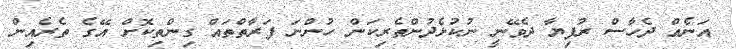
އަނެއް ދެހާސް ރުފިޔާ ދެވޭނީ ނުކުޅެދުންތެރިކަން ހުންނަ ފަރާތްތައް ގިންތިކޮށް އޭގެ ތެރެއިން